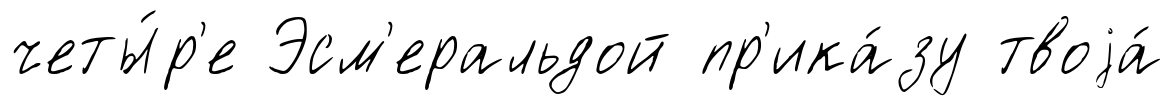
четы́р'е Эсм'еральдой пр'ика́зу твоjа́